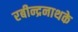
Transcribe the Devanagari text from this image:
रबीन्द्रनाथके